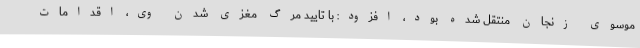
موسوی زنجان منتقل شده بود، افزود: با تایید مرگ مغزی شدن وی، اقدامات